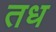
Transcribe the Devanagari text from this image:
तध